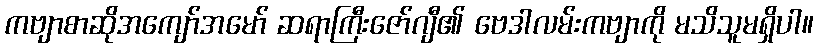
ကဗျာစာဆိုအကျော်အမော် ဆရာကြီးဇော်ဂျီ၏ ဗေဒါလမ်းကဗျာကို မသိသူမရှိပါ။